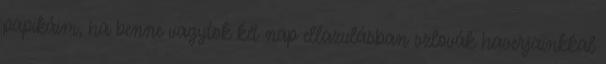
papikáim, ha benne vagytok két nap ellazulásban szlovák haverjainkkal